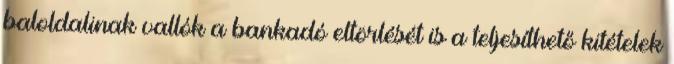
baloldalinak vallók a bankadó eltörlését is a teljesíthető kitételek